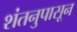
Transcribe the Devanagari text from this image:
शंतनुपासून